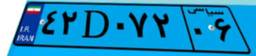
۴۲D۰۷۲۰۶